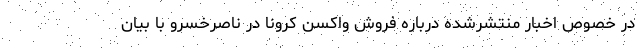
در خصوص اخبار منتشرشده درباره فروش واکسن کرونا در ناصرخسرو با بیان